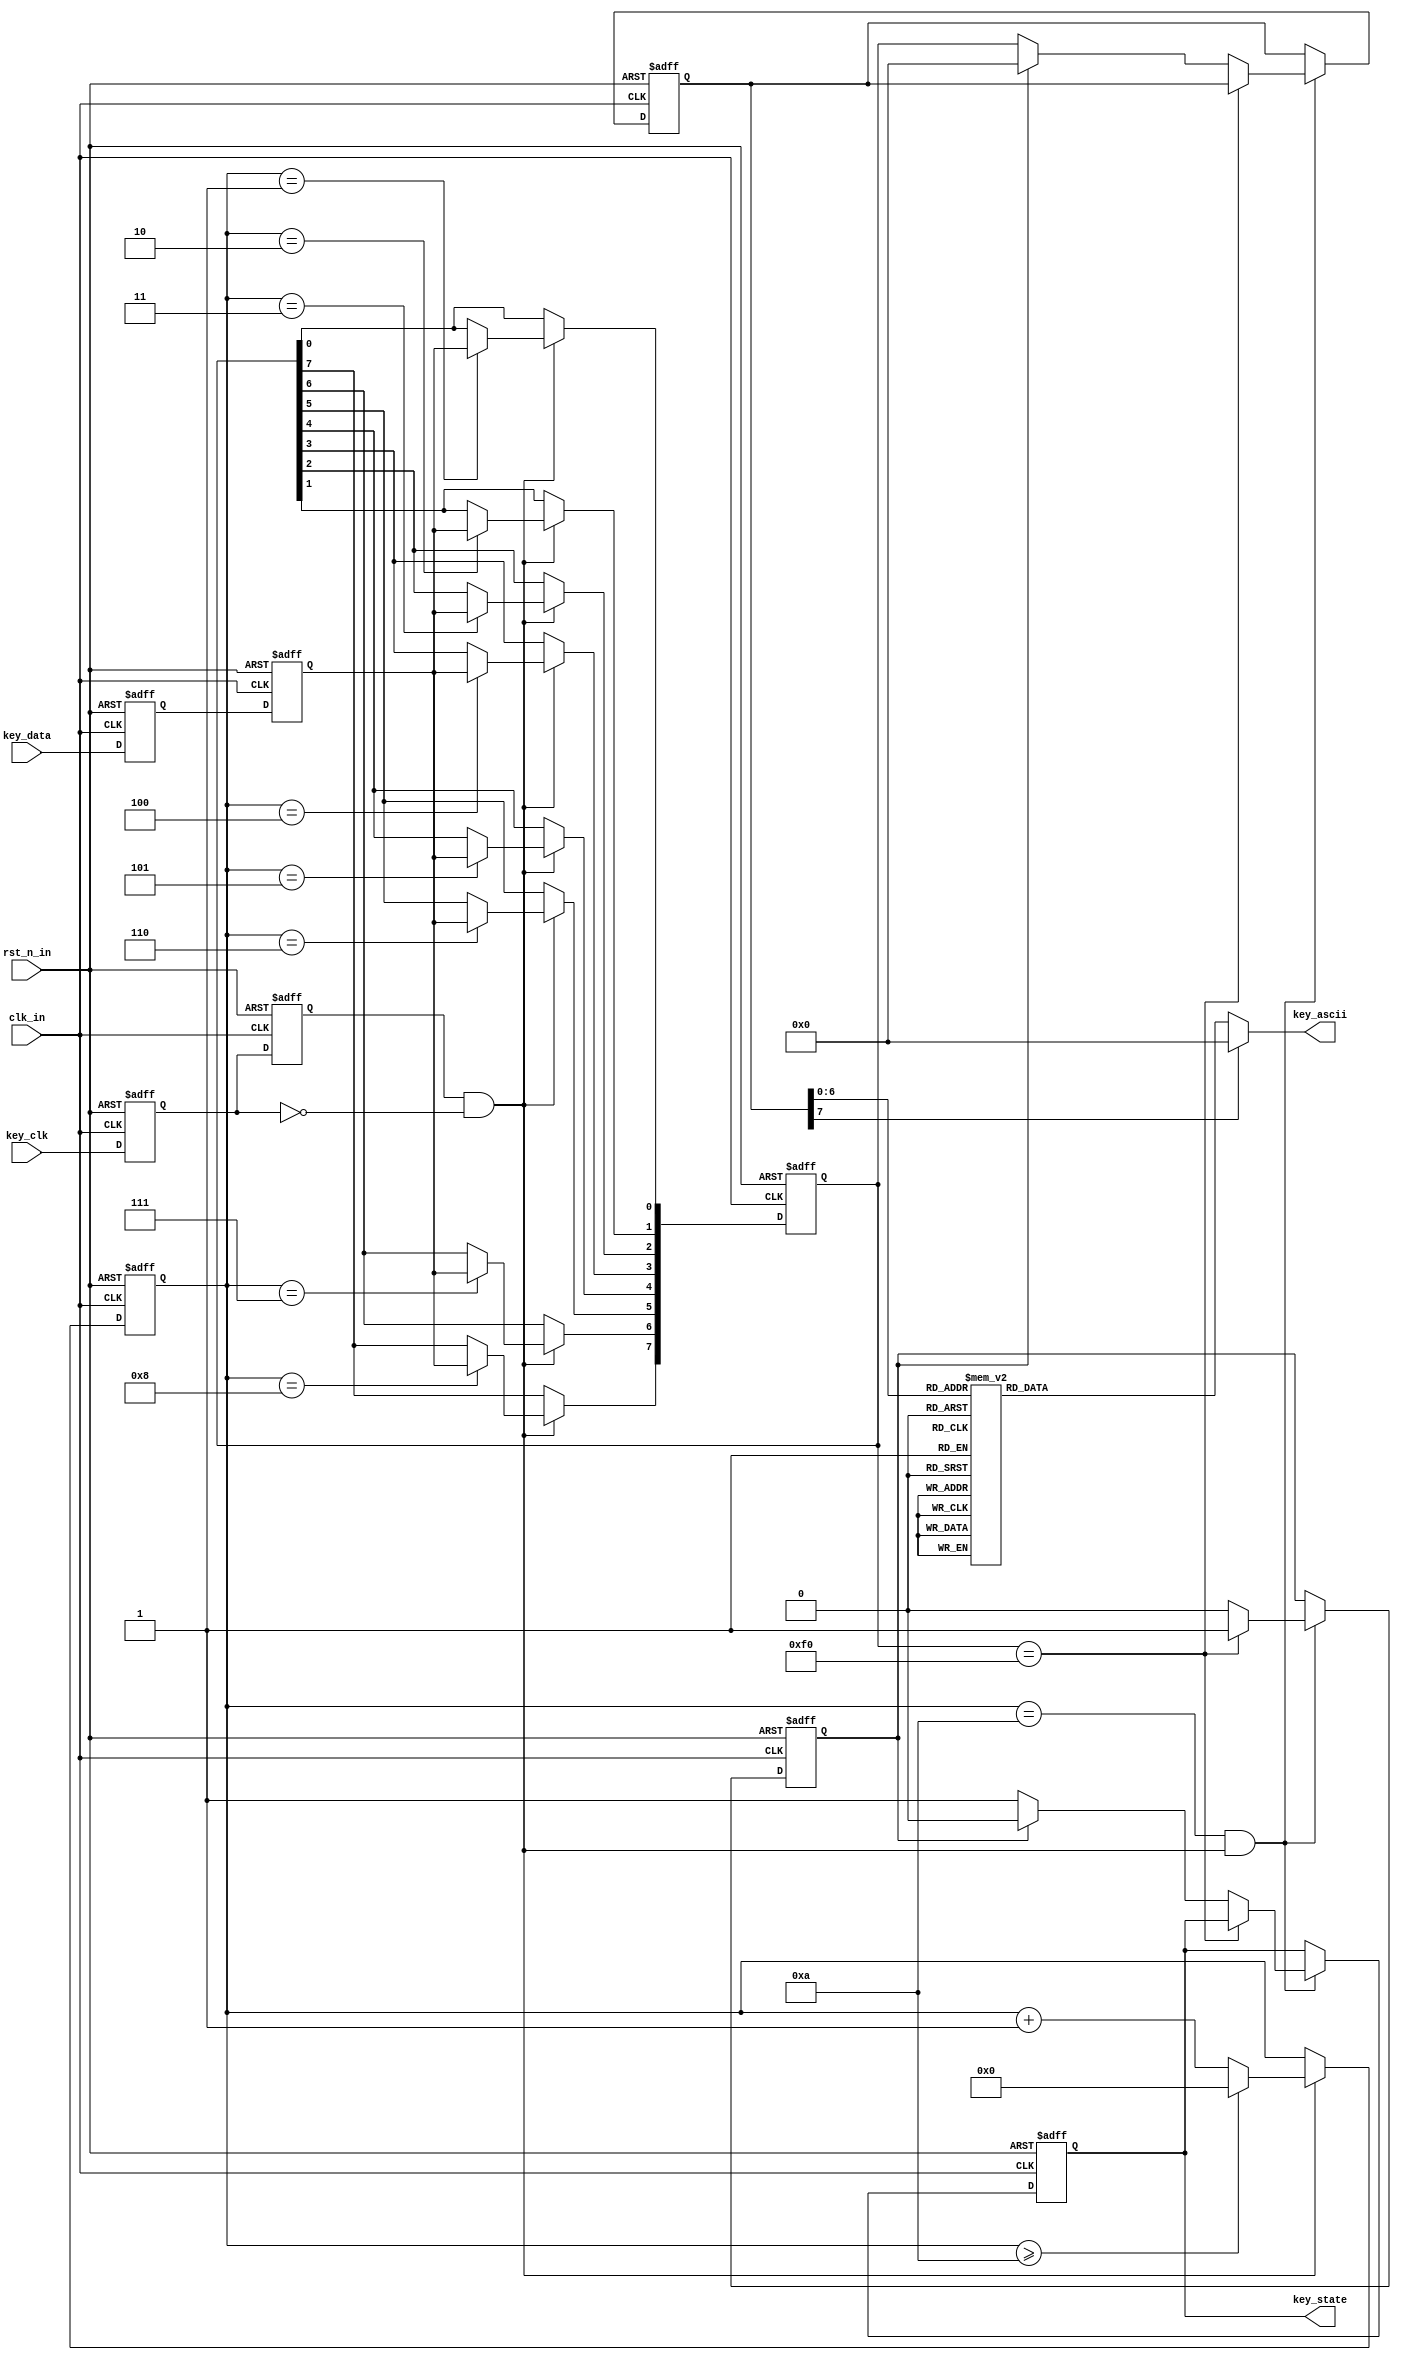
`timescale 1ns / 1ps



module Keyboard_PS2//ASCII
(
input					clk_in,				//
input					rst_n_in,			//
input					key_clk,			//PS2
input					key_data,			//PS2
output	reg				key_state,			//10
output	reg		[7:0]	key_ascii			//ASCII
);
 
reg		key_clk_r0 = 1'b1,key_clk_r1 = 1'b1; 
reg		key_data_r0 = 1'b1,key_data_r1 = 1'b1;
//
always @ (posedge clk_in or posedge rst_n_in) begin
	if(rst_n_in) begin
		key_clk_r0 <= 1'b1;
		key_clk_r1 <= 1'b1;
		key_data_r0 <= 1'b1;
		key_data_r1 <= 1'b1;
	end else begin
		key_clk_r0 <= key_clk;
		key_clk_r1 <= key_clk_r0;
		key_data_r0 <= key_data;
		key_data_r1 <= key_data_r0;
	end
end
 
//
wire	key_clk_neg = key_clk_r1 & (~key_clk_r0); 
 
reg				[3:0]	cnt; 
reg				[7:0]	temp_data;
//
always @ (posedge clk_in or posedge rst_n_in) begin
	if(rst_n_in) begin
		cnt <= 4'd0;
		temp_data <= 8'd0;
	end else if(key_clk_neg) begin 
		if(cnt >= 4'd10) cnt <= 4'd0;
		else cnt <= cnt + 1'b1;
		case (cnt)
			4'd0: ;	//
			4'd1: temp_data[0] <= key_data_r1;  //bit0
			4'd2: temp_data[1] <= key_data_r1;  //bit1
			4'd3: temp_data[2] <= key_data_r1;  //bit2
			4'd4: temp_data[3] <= key_data_r1;  //bit3
			4'd5: temp_data[4] <= key_data_r1;  //bit4
			4'd6: temp_data[5] <= key_data_r1;  //bit5
			4'd7: temp_data[6] <= key_data_r1;  //bit6
			4'd8: temp_data[7] <= key_data_r1;  //bit7
			4'd9: ;	//
			4'd10:;	//
			default: ;
		endcase
	end
end
 
reg						key_break = 1'b0;   
reg				[7:0]	key_byte = 1'b0;
//
always @ (posedge clk_in or posedge rst_n_in) begin 
	if(rst_n_in) begin
		key_break <= 1'b0;
		key_state <= 1'b0;
		key_byte <= 1'b0;
	end else if(cnt==4'd10 && key_clk_neg) begin 
		if(temp_data == 8'hf0) key_break <= 1'b1;	//8'hf01
		else if(!key_break) begin 	//01
			key_state <= 1'b1;
			key_byte <= temp_data; 
		end else begin	//10
			key_state <= 1'b0;
			key_break <= 1'b0;
			key_byte<=0;
		end
	end
end
 
//ASCII
always @ (key_byte) begin
	case (key_byte)    //translate key_byte to key_ascii
		8'h15: key_ascii <= 8'h51;   //Q
		8'h1d: key_ascii <= 8'h57;   //W
		//8'h24: key_ascii <= 8'h45;   //E
		8'h2d: key_ascii <= 8'h52;   //R
		8'h2c: key_ascii <= 8'h54;   //T
		8'h35: key_ascii <= 8'h59;   //Y
		8'h3c: key_ascii <= 8'h55;   //U
		8'h43: key_ascii <= 8'h49;   //I
		8'h44: key_ascii <= 8'h4f;   //O
		8'h4d: key_ascii <= 8'h50;   //P
		//8'h1c: key_ascii <= 8'h41;   //A
		8'h1b: key_ascii <= 8'h53;   //S
		//8'h23: key_ascii <= 8'h44;   //D
		//8'h2b: key_ascii <= 8'h46;   //F
		8'h34: key_ascii <= 8'h47;   //G
		8'h33: key_ascii <= 8'h48;   //H
		8'h3b: key_ascii <= 8'h4a;   //J
		8'h42: key_ascii <= 8'h4b;   //K
		8'h4b: key_ascii <= 8'h4c;   //L
		8'h1a: key_ascii <= 8'h5a;   //Z
		8'h22: key_ascii <= 8'h58;   //X
		//8'h21: key_ascii <= 8'h43;   //C
		8'h2a: key_ascii <= 8'h56;   //V
		//8'h32: key_ascii <= 8'h42;   //B
		8'h31: key_ascii <= 8'h4e;   //N
		8'h3a: key_ascii <= 8'h4d;   //M
		//
		8'h16: key_ascii <= 8'h01;   //1
		8'h1e: key_ascii <= 8'h02;   //2
		8'h26: key_ascii <= 8'h03;   //3
		8'h25: key_ascii <= 8'h04;   //4
		8'h2e: key_ascii <= 8'h05;   //5
		8'h36: key_ascii <= 8'h06;   //6
		8'h3d: key_ascii <= 8'h07;   //7
		8'h3e: key_ascii <= 8'h08;   //8
		8'h46: key_ascii <= 8'h09;   //9
		8'h45: key_ascii <= 8'h00;   //0
		8'h1c: key_ascii <= 8'h0a;   //A
		8'h32: key_ascii <= 8'h0b;   //B
		8'h21: key_ascii <= 8'h0c;   //C
		8'h23: key_ascii <= 8'h0d;   //D
		8'h24: key_ascii <= 8'h0e;   //E
		8'h2b: key_ascii <= 8'h0f;   //F
		default: key_ascii <= 0;		//nothing
	endcase
end
 
endmodule